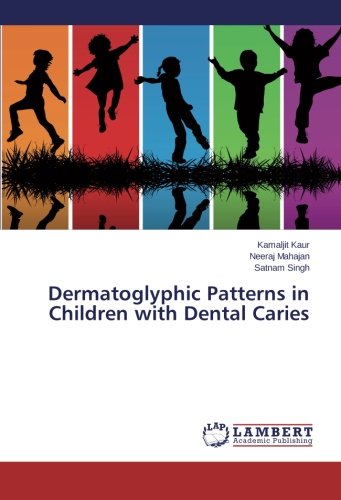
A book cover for Dermatoglyphic Patterns in Children with Dental Caries; Kamaljit Kaur; Medical Books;